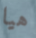
هيا